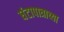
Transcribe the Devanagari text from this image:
घंटापात्राच्या